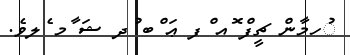
ުހމާން ޗީފް ޮއ ްފ ޢަ ްބ ުދ ޝަ ާމ ެލވެ.